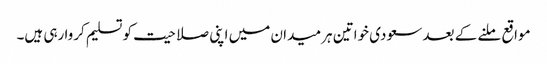
مواقع ملنے کے بعد سعودی خواتین ہر میدان میں اپنی صلاحیت کو تسلیم کروا رہی ہیں۔